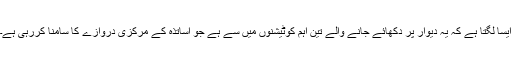
ایسا لگتا ہے کہ یہ دیوار پر دکھائے جانے والے تین اہم کوٹیشنوں میں سے ہے جو اساتذہ کے مرکزی دروازے کا سامنا کررہی ہے۔